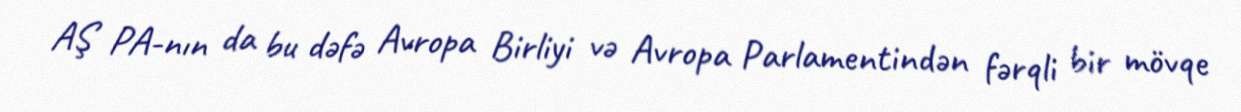
AŞ PA-nın da bu dəfə Avropa Birliyi və Avropa Parlamentindən fərqli bir mövqe